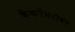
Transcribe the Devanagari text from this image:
केंकरेंबरोबर